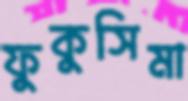
ফুকুসিমা